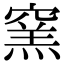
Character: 窯